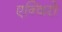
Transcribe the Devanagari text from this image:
एन्विरो